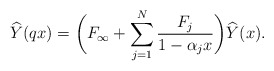
\begin{align*} &\widehat{Y}(qx)= \biggl(F_{\infty}+\sum_{j=1}^N \frac{F_j}{1-\alpha_j x}\biggr) \widehat{Y}(x) . \end{align*}